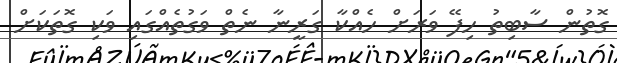
ގޮތުން ސާބިތު ހިފޭ ވަރަށް ހެއްކާ ގަރީނާ ނެތް ވަގުތެއްގައި ވަކި ގޮތަކަށް